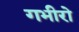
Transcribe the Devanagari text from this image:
गभीरो